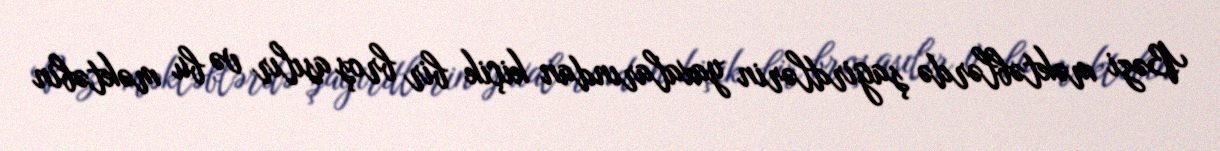
Bəzi məktəblərdə şagirdlərin yaxalarından kiçik bir broş asılır və bu məktəbin